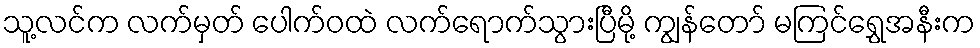
သူ့လင်က လက်မှတ် ပေါက်ဝထဲ လက်ရောက်သွားပြီမို့ ကျွန်တော် မကြင်ရွှေအနီးက